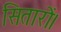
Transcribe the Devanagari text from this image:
सितारों।